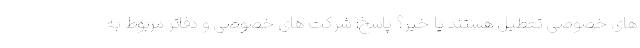
های خصوصی تعطیل هستند یا خیر؟ پاسخ: شرکت های خصوصی و دفاتر مربوط به